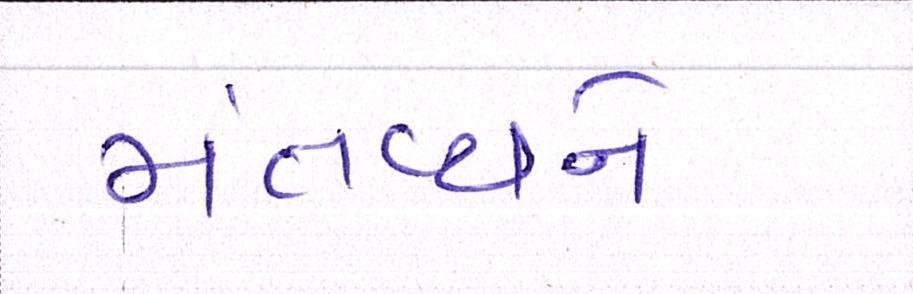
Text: મંતવ્યને